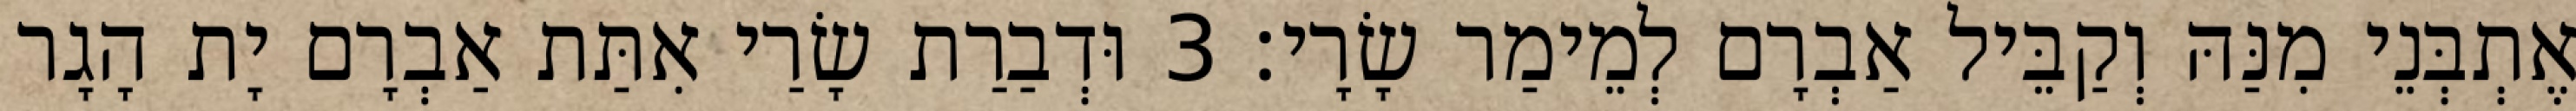
אֶתְבְּנֵי מִנַּהּ וְקַבֵּיל אַבְרָם לְמֵימַר שָׂרָי׃ 3 וּדְבַרַת שָׂרַי אִתַּת אַבְרָם יָת הָגָר